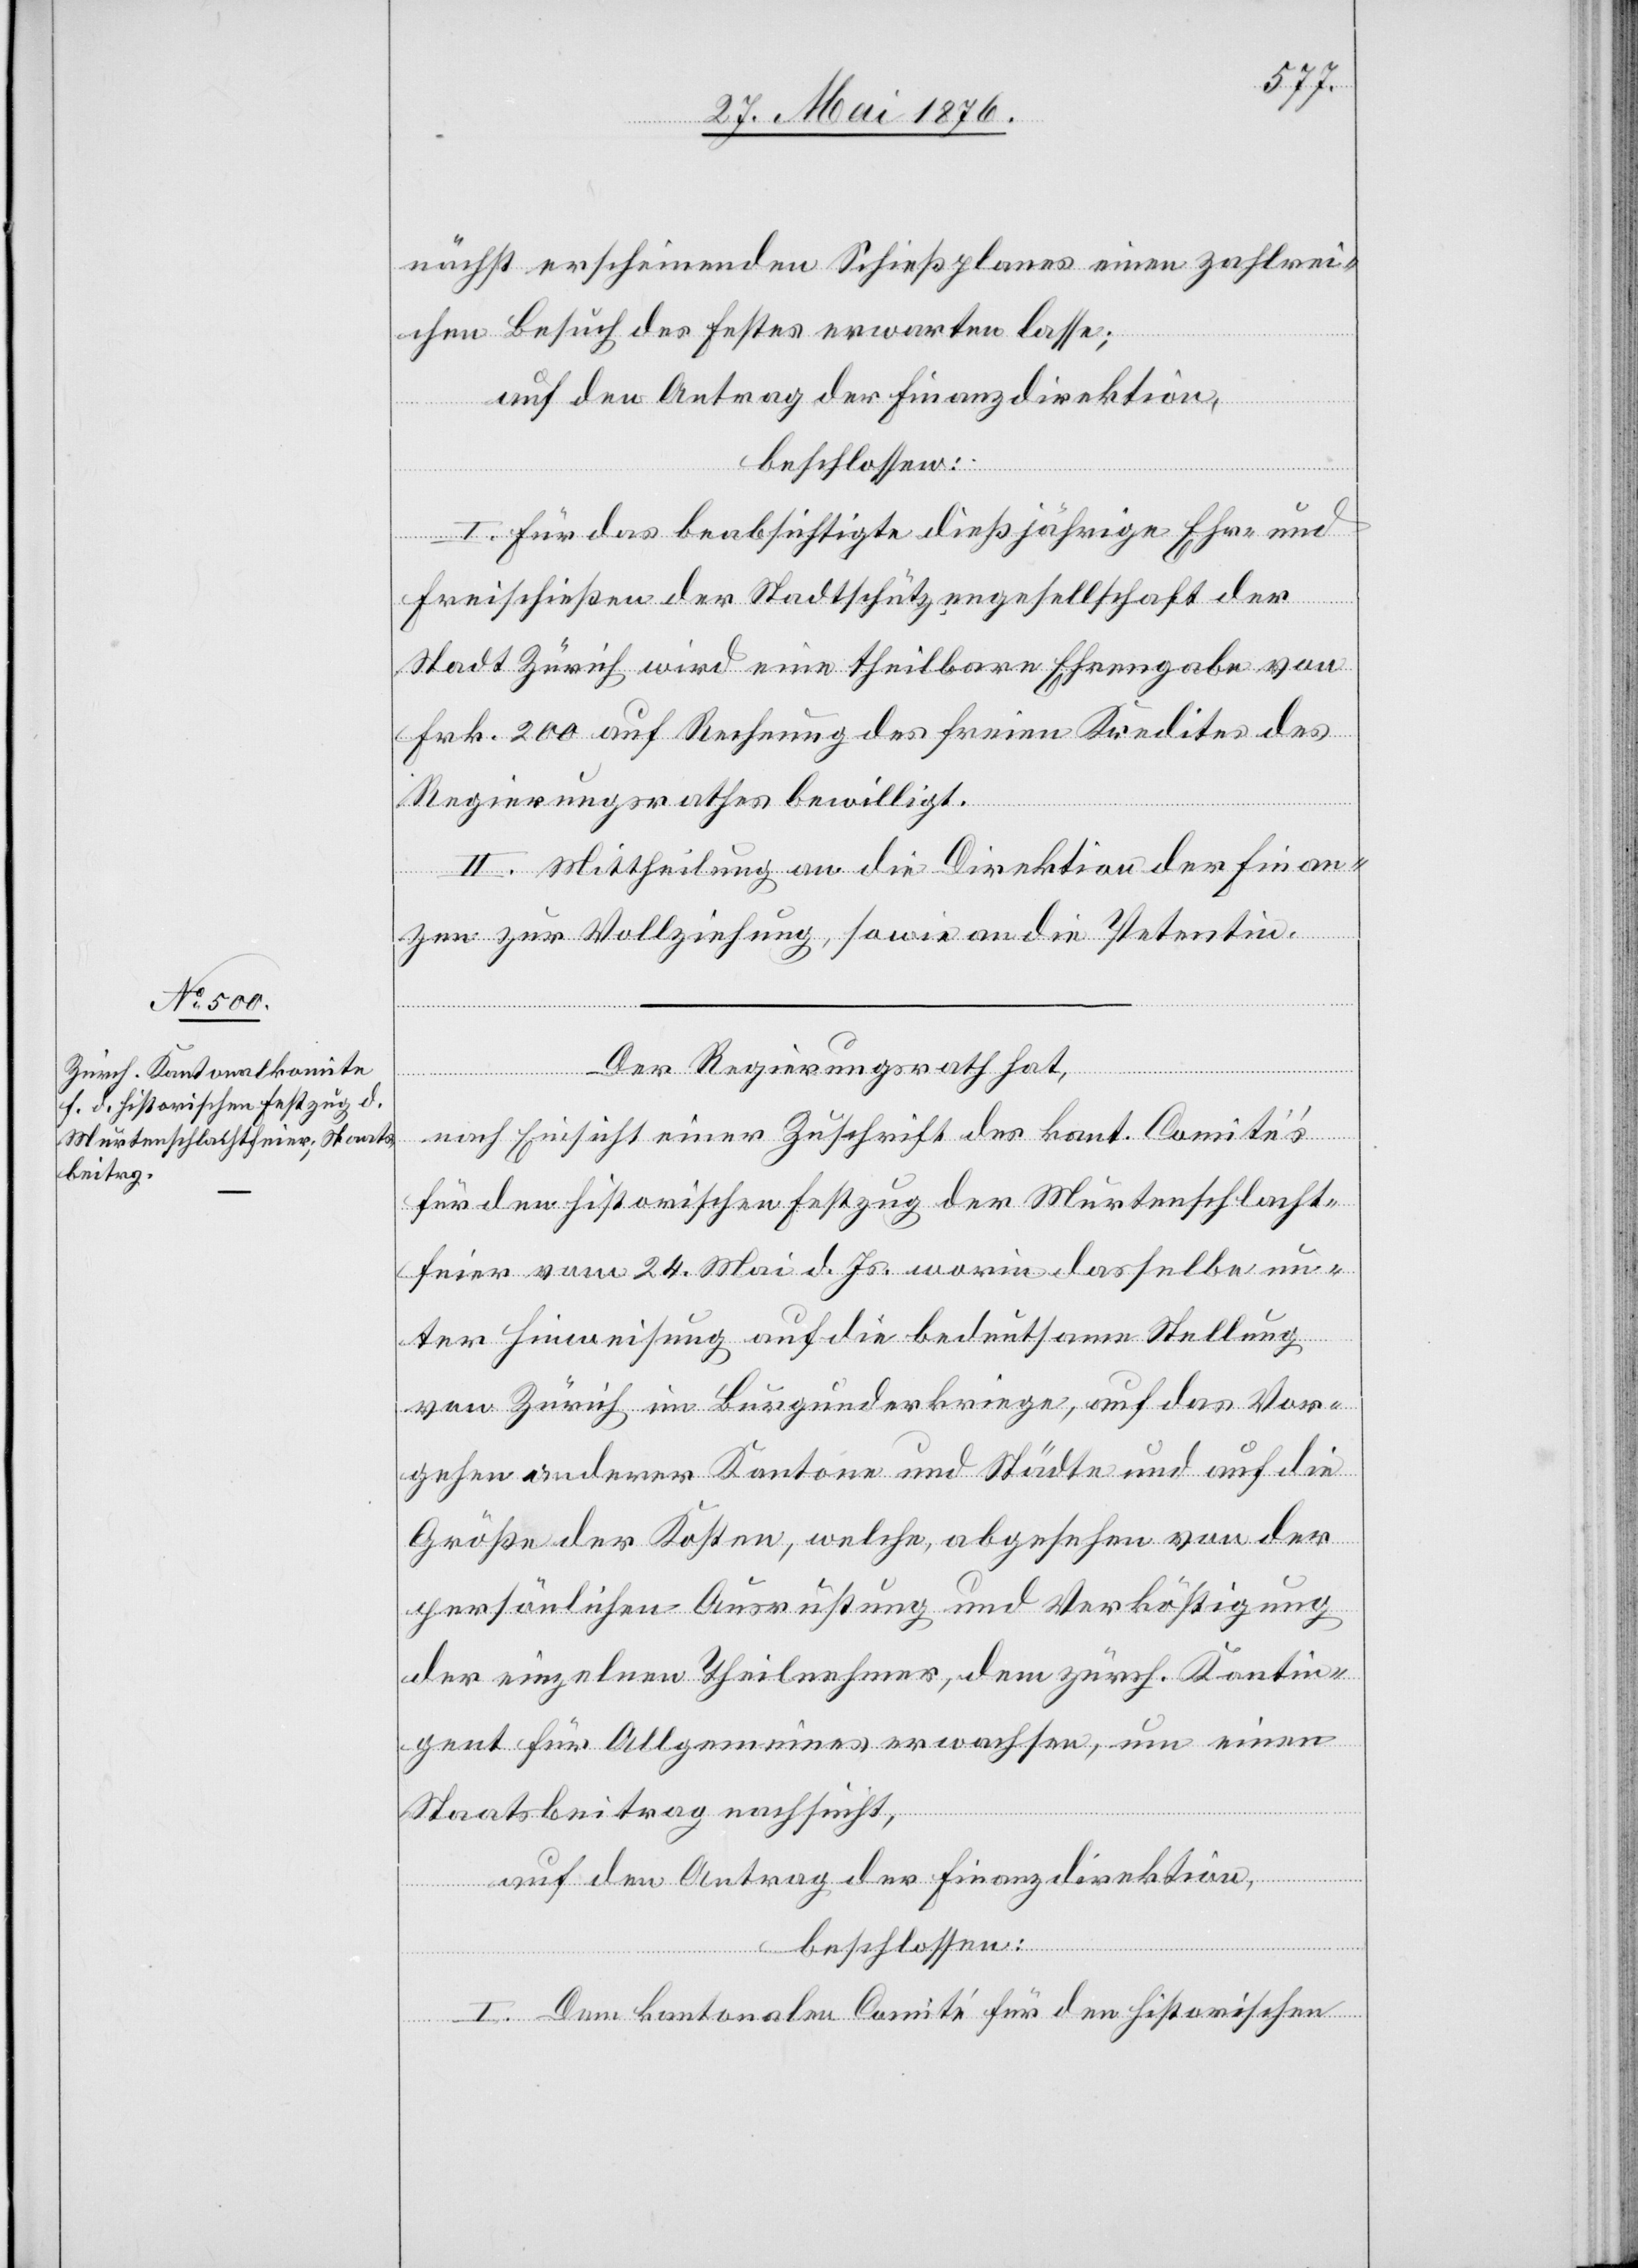
nächst erscheinenden Schießplanes einen zahlrei¬
chen Besuch des Festes erwarten lasse;
auf den Antrag der Finanzdirektion,
beschlossen:
I. Für das beabsichtigte dießjährige Ehr- und
Freischießen der Stadtschützengesellschaft der
Stadt Zürich wird eine theilbare Ehrengabe von
Frk. 200 auf Rechnung des freien Kredites des
Regierungsrathes bewilligt.
II. Mittheilung an die Direktion der Finan¬
zen zur Vollziehung, sowie an die Petentin.
Der Regierungsrath hat,
nach Einsicht einer Zuschrift des kant. Comité’s
für den historischen Festzug der Murtenschlacht¬
feier vom 24. Mai d. Js. worin dasselbe un¬
ter Hinweisung auf die bedeutsame Stellung
von Zürich im Burgunderkriege, auf das Vor¬
gehen anderer Kantone und Städte und auf die
Größe der Kosten, welche, abgesehen von der
persönlichen Ausrüstung und Verköstigung
der einzelnen Theilnehmer, dem zürch. Kontin¬
gent für Allgemeines erwachsen, um einen
Staatsbeitrag nachsucht,
auf den Antrag der Finanzdirektion,
beschlossen:
I. Dem kantonalen Comité für den historischen